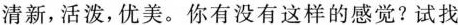
清新,活泼,优美。你有没有这样的感觉?试找